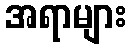
အရာများ